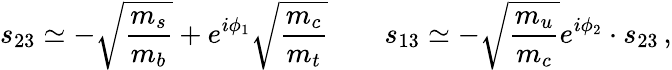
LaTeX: s_{23}\simeq-\sqrt{{\frac{m_{s}}{m_{b}}}}+e^{i\phi_{1}}\sqrt{{\frac{m_{c}}{m_{t}}}}\qquad s_{13}\simeq-\sqrt{{\frac{m_{u}}{m_{c}}}}e^{i\phi_{2}}\cdot s_{23}\, ,